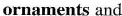
ornaments and